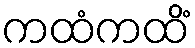
ကထံကထိံ